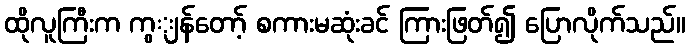
ထိုလူကြီးက ကွျန်တော့် စကားမဆုံးခင် ကြားဖြတ်၍ ပြောလိုက်သည်။